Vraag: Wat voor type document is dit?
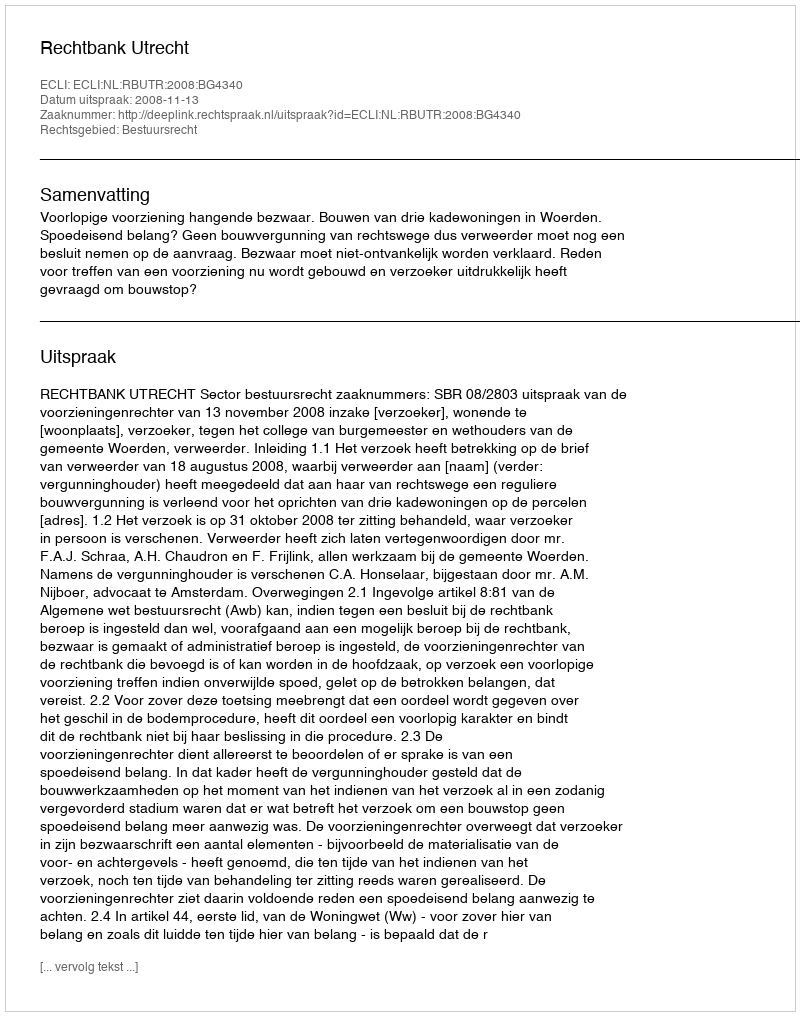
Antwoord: Uitspraak